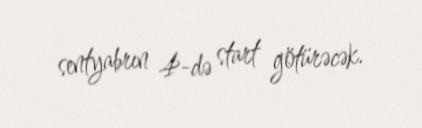
sentyabrın 4-də start götürəcək.